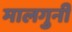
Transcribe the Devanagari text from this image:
मालगुनी